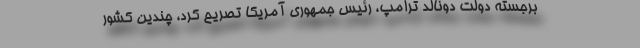
برجسته دولت دونالد ترامپ، رئیس جمهوری آمریکا تصریح کرد، چندین کشور